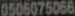
0506075066